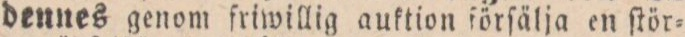
dennes genom friwillig auktion förſälja en ſtör-